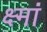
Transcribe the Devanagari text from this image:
क्ष्मां